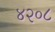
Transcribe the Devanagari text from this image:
४२०८